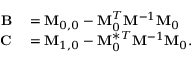
\begin{array} { r l } { \mathbf { B } } & { { } = \mathbf { M } _ { 0 , 0 } - \mathbf { M } _ { 0 } ^ { T } \mathbf { M } ^ { - 1 } \mathbf { M } _ { 0 } } \\ { \mathbf { C } } & { { } = \mathbf { M } _ { 1 , 0 } - \mathbf { M } _ { 0 } ^ { * T } \mathbf { M } ^ { - 1 } \mathbf { M } _ { 0 } . } \end{array}